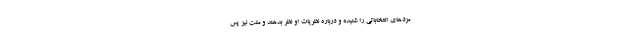
مزدهای انتخاباتی را شنیده و درباره نظریات او نظر بدهند و ملت نیز پس